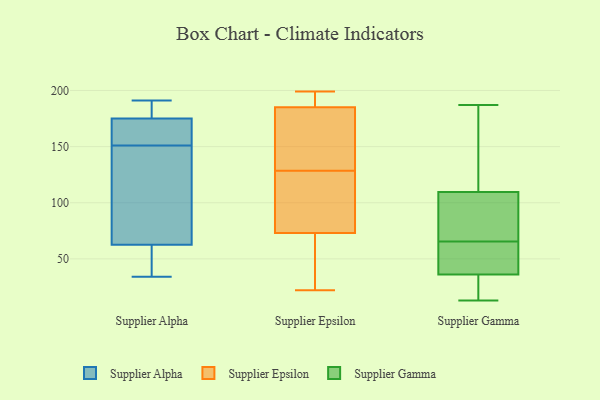
{"axis": {"x": "Market Share (%)", "y": "Value"}, "legend": ["Supplier Alpha", "Supplier Epsilon", "Supplier Gamma"], "data": [{"x": "", "y": 191, "type": "Supplier Alpha"}, {"x": "", "y": 154, "type": "Supplier Alpha"}, {"x": "", "y": 173, "type": "Supplier Alpha"}, {"x": "", "y": 74, "type": "Supplier Alpha"}, {"x": "", "y": 35, "type": "Supplier Alpha"}, {"x": "", "y": 148, "type": "Supplier Alpha"}, {"x": "", "y": 34, "type": "Supplier Alpha"}, {"x": "", "y": 161, "type": "Supplier Alpha"}, {"x": "", "y": 179, "type": "Supplier Alpha"}, {"x": "", "y": 53, "type": "Supplier Alpha"}, {"x": "", "y": 72, "type": "Supplier Alpha"}, {"x": "", "y": 177, "type": "Supplier Alpha"}, {"x": "", "y": 84, "type": "Supplier Epsilon"}, {"x": "", "y": 101, "type": "Supplier Epsilon"}, {"x": "", "y": 48, "type": "Supplier Epsilon"}, {"x": "", "y": 156, "type": "Supplier Epsilon"}, {"x": "", "y": 199, "type": "Supplier Epsilon"}, {"x": "", "y": 185, "type": "Supplier Epsilon"}, {"x": "", "y": 73, "type": "Supplier Epsilon"}, {"x": "", "y": 186, "type": "Supplier Epsilon"}, {"x": "", "y": 185, "type": "Supplier Epsilon"}, {"x": "", "y": 22, "type": "Supplier Epsilon"}, {"x": "", "y": 71, "type": "Supplier Gamma"}, {"x": "", "y": 47, "type": "Supplier Gamma"}, {"x": "", "y": 13, "type": "Supplier Gamma"}, {"x": "", "y": 62, "type": "Supplier Gamma"}, {"x": "", "y": 117, "type": "Supplier Gamma"}, {"x": "", "y": 119, "type": "Supplier Gamma"}, {"x": "", "y": 144, "type": "Supplier Gamma"}, {"x": "", "y": 187, "type": "Supplier Gamma"}, {"x": "", "y": 14, "type": "Supplier Gamma"}, {"x": "", "y": 32, "type": "Supplier Gamma"}, {"x": "", "y": 72, "type": "Supplier Gamma"}, {"x": "", "y": 32, "type": "Supplier Gamma"}, {"x": "", "y": 49, "type": "Supplier Gamma"}, {"x": "", "y": 65, "type": "Supplier Gamma"}, {"x": "", "y": 102, "type": "Supplier Gamma"}, {"x": "", "y": 40, "type": "Supplier Gamma"}, {"x": "", "y": 15, "type": "Supplier Gamma"}, {"x": "", "y": 66, "type": "Supplier Gamma"}, {"x": "", "y": 155, "type": "Supplier Gamma"}, {"x": "", "y": 74, "type": "Supplier Gamma"}]}